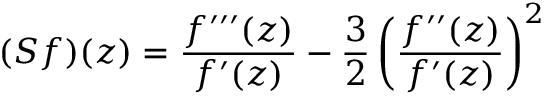
( S f ) ( z ) = { \frac { f ^ { \prime \prime \prime } ( z ) } { f ^ { \prime } ( z ) } } - { \frac { 3 } { 2 } } \left( { \frac { f ^ { \prime \prime } ( z ) } { f ^ { \prime } ( z ) } } \right) ^ { 2 }